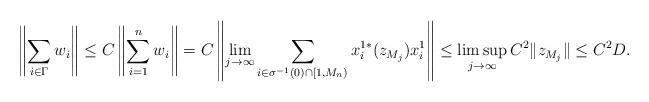
LaTeX: \begin{align*}\left\|\sum_{i\in\Gamma} w_i\right\|\leq C \left\|\sum_{i=1}^n w_i\right\|=C\left\|\lim_{j\rightarrow\infty}\sum_{i\in\sigma^{-1}(0)\cap[1,M_n)}x^{1*}_i(z_{M_j})x^1_i\right\|\leq \limsup_{j\rightarrow\infty}C^2\|z_{M_j}\|\leq C^2D.\end{align*}